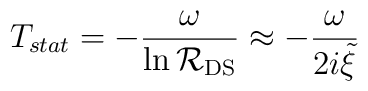
T_{stat} = -\frac{\omega}{\ln {\cal R}_{\rm DS}} \approx - \frac{\omega}{2i{\tilde\xi}}